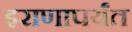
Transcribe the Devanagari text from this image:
इराणापर्यंत